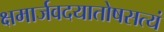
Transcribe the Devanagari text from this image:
क्षमार्जवदयातोषसत्यं